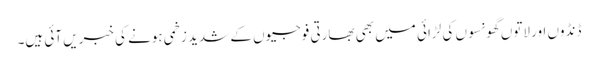
ڈنڈوں اور لاتوں گھونسوں کی لڑائی میں بھی بھارتی فوجیوں کے شدید زخمی ہونے کی خبریں آئی ہیں۔